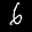
Label: 6